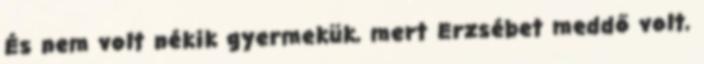
És nem volt nékik gyermekük, mert Erzsébet meddő volt,